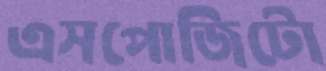
এসপোজিটো